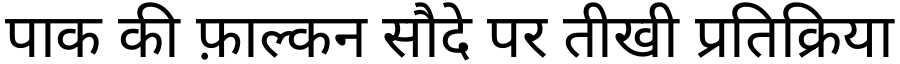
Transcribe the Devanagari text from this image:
पाक की फ़ाल्कन सौदे पर तीखी प्रतिक्रिया